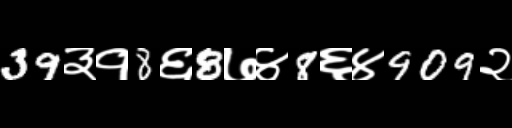
Text: 39३१8६8७४8६४909२